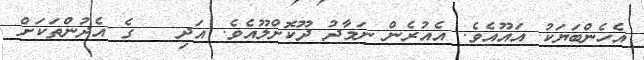
އެހެންބަޔަކު އައޫއެވެ. އެއުރެން ނަމާދު ދޫކޮށްލޫއެވެ. އަދި   ގެ އެދުންތަކަށް